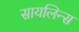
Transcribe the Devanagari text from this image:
सायलिन्स